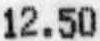
12.50